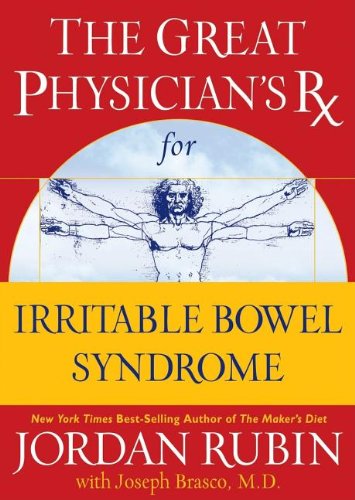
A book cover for The Great Physician's Rx for Irritable Bowel Syndrome (Rubin Series); Jordan Rubin; Health, Fitness & Dieting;